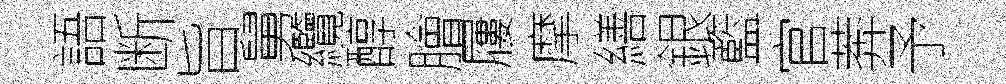
語断旨舅纜醇膾屨摩繕銀籃官莾予